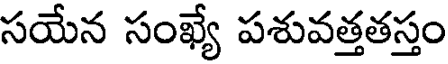
సయేన సంఖ్యే పశువత్తతస్తం